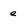
Character: e